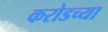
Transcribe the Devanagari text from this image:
करोडच्या